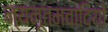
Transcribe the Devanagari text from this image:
न्यनूतमवादियों